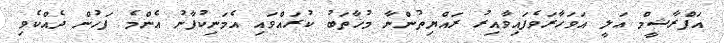
އަފްރާޝީމް ޢަލީ އަވަހާރަވެފައިވާއިރު ރައްޔިތުންނާ މުޚާތަބު ކުރައްވައި އެމަނިކުފާނު އެންމެ ފަހުން ދެއްކެވި